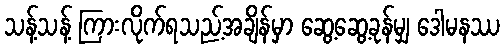
သန့်သန့် ကြားလိုက်ရသည့်အချိန်မှာ ဆွေ့ဆွေ့ခုန်မျှ ဒေါမနဿ